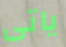
ياتى